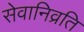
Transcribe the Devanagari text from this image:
सेवानिव्रति